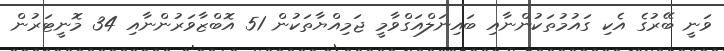
ވަނީ ބޭރުގެ އެކި ގައުމުތަކުންނާއި ބައިނަލްއަގްވާމީ ޖަމިއްޔާތަކުން 51 އޮބްޒާވަރުންނާއި 34 މޮނީޓަރުން